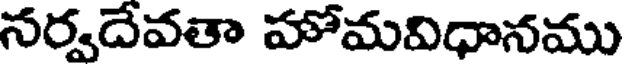
నర్వదేవతా హోమవిధానము